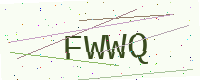
Text: FWWQ